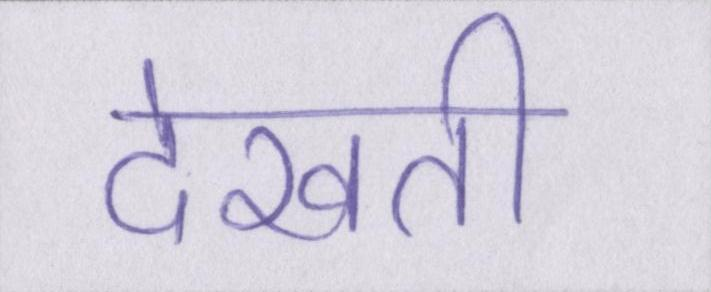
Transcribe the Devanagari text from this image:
देखती